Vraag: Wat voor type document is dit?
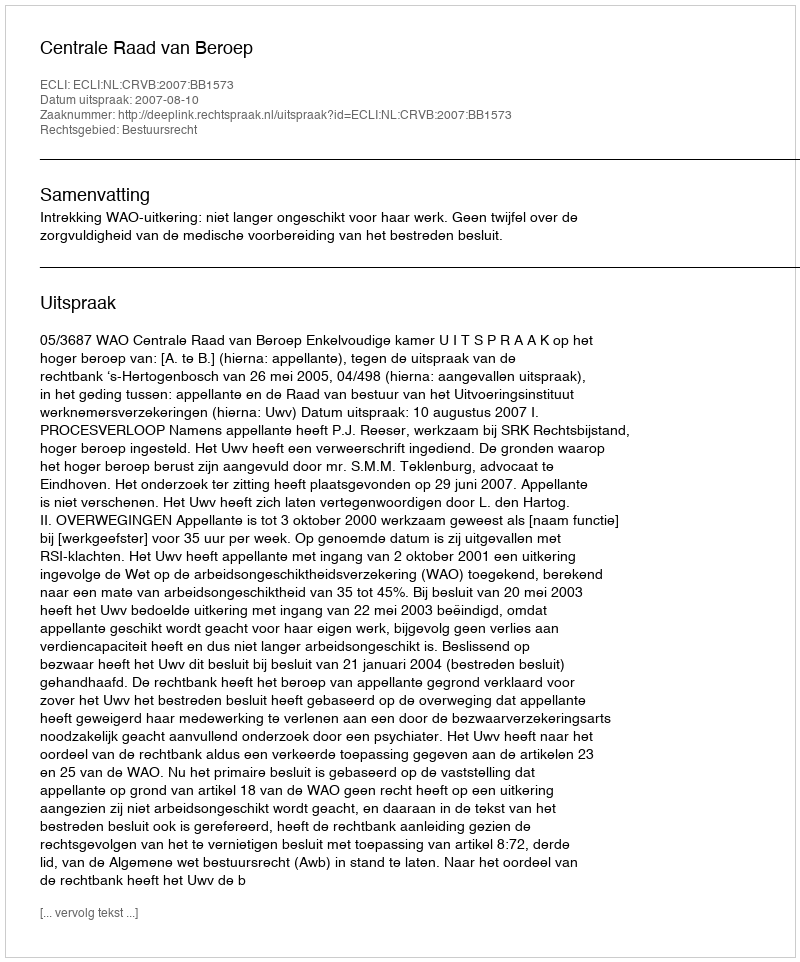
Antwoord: Uitspraak